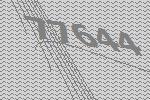
77644